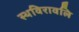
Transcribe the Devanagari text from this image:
स्थविरावलि